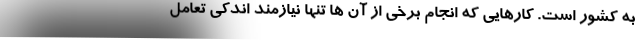
به کشور است. کارهایی که انجام برخی از آن ها تنها نیازمند اندکی تعامل